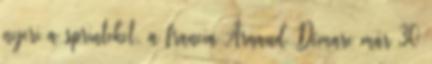
nyeri a sprinteket, a francia Arnaud Démare már 30